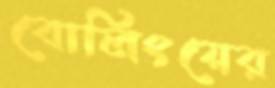
বোলিংয়ের